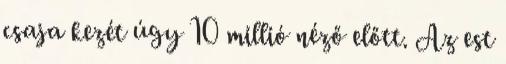
csaja kezét úgy 10 millió néző előtt. Az est